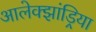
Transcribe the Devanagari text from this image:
आलेक्झांड्रिया